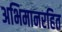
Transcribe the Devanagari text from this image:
अभिमानरहित